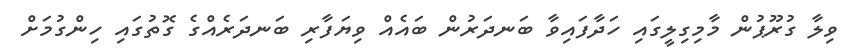
ވިލާ ގުރޫޕުން މާމިގިލީގައި ހަދާފައިވާ ބަނދަރުން ބައެއް ވިޔަފާރި ބަނދަރެއްގެ ގޮތުގައި ހިންގުމަށް